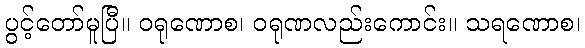
ပွင့်တော်မူပြီ။ ဝရုဏောစ၊ ဝရုဏလည်းကောင်း။ သရဏောစ၊